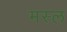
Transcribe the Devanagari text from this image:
मस्ल